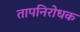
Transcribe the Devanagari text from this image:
तापनिरोधक